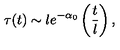
\tau ( t ) \sim l e ^ { - \alpha _ { 0 } } \left( \frac { t } { l } \right) ,